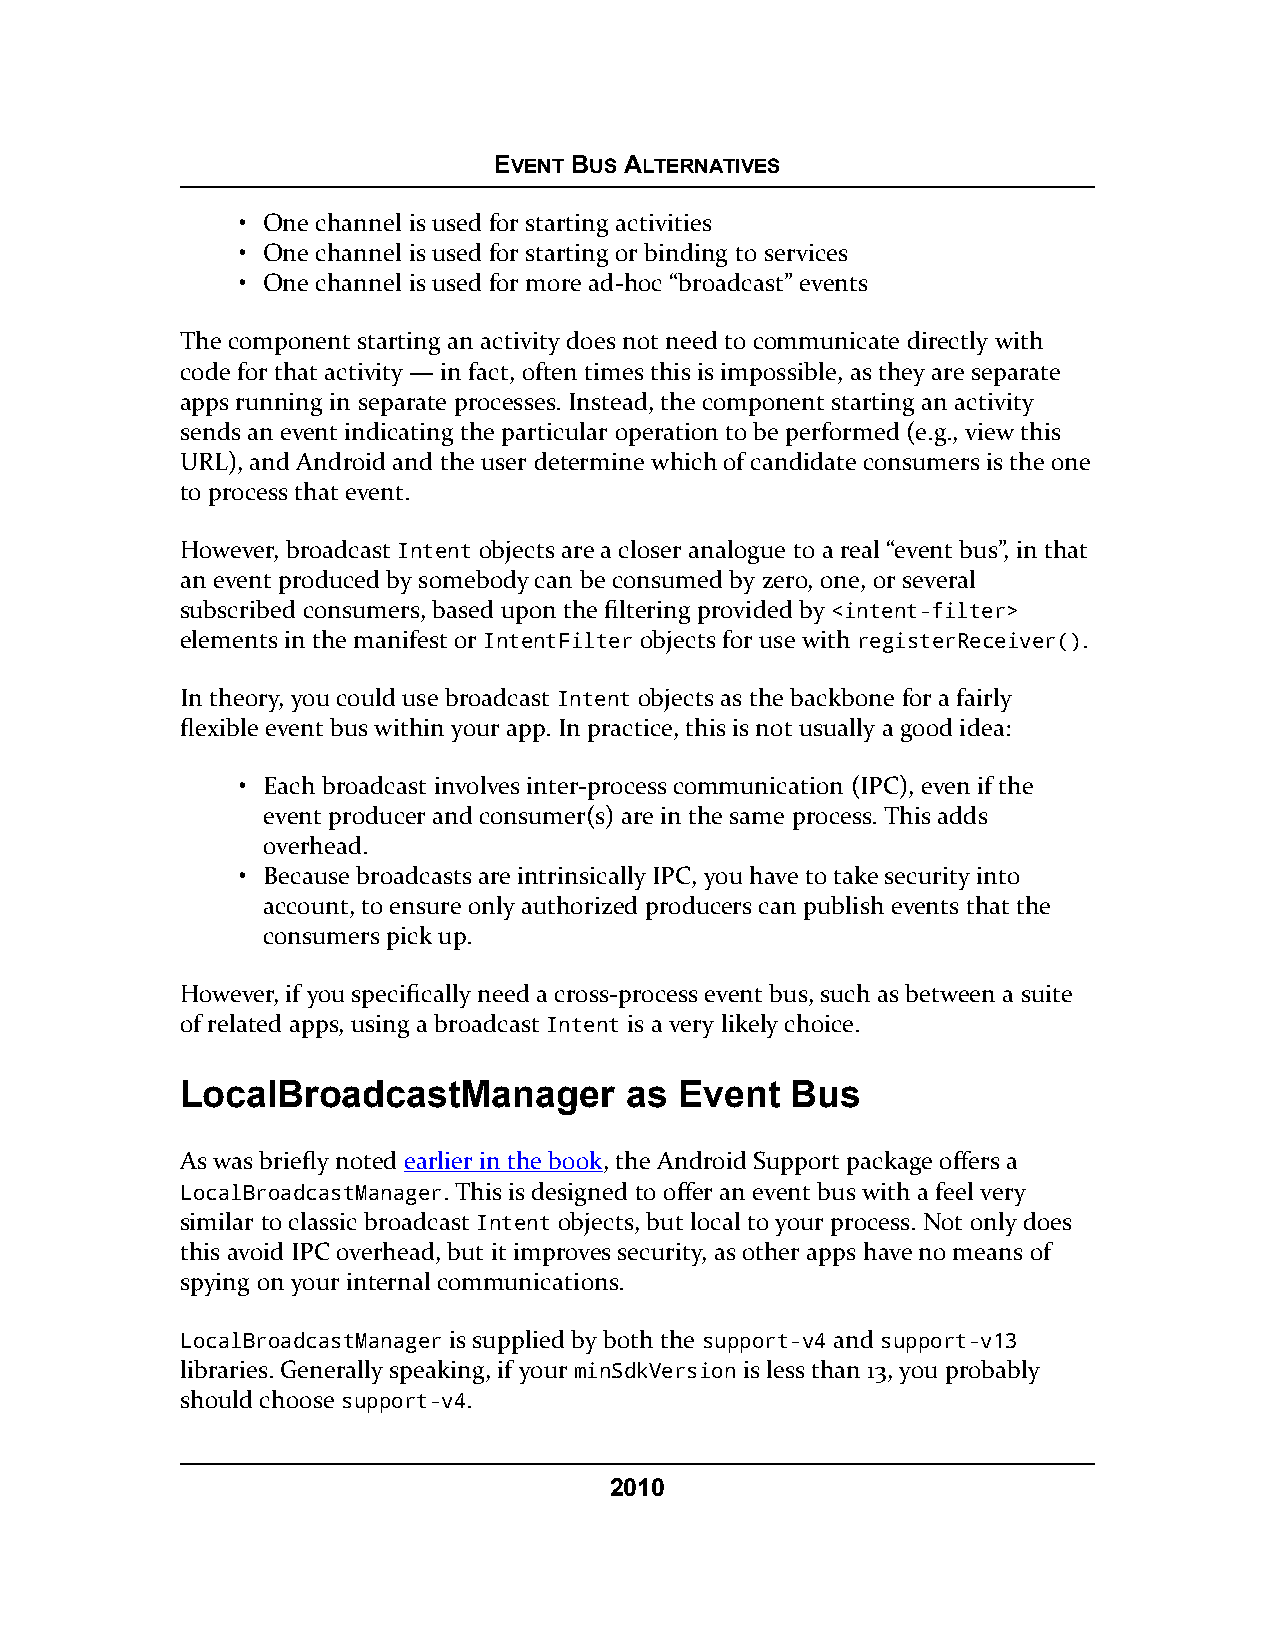
EVENT BUS ALTERNATIVES
 • One channel is used for starting activities
 • One channel is used for starting or binding to services
 • One channel is used for more ad-hoc “broadcast” events
 The component starting an activity does not need to communicate directly with
 code for that activity — in fact, often times this is impossible, as they are separate
 apps running in separate processes. Instead, the component starting an activity
 sends an event indicating the particular operation to be performed (e.g., view this
 URL), and Android and the user determine which of candidate consumers is the one
 to process that event.
 However, broadcast Intent objects are a closer analogue to a real “event bus”, in that
 an event produced by somebody can be consumed by zero, one, or several
 subscribed consumers, based upon the filtering provided by <intent-filter>
 elements in the manifest or IntentFilter objects for use with registerReceiver().
 In theory, you could use broadcast Intent objects as the backbone for a fairly
 flexible event bus within your app. In practice, this is not usually a good idea:
 • Each broadcast involves inter-process communication (IPC), even if the
 event producer and consumer(s) are in the same process. This adds
 overhead.
 • Because broadcasts are intrinsically IPC, you have to take security into
 account, to ensure only authorized producers can publish events that the
 consumers pick up.
 However, if you specifically need a cross-process event bus, such as between a suite
 of related apps, using a broadcast Intent is a very likely choice.
 LocalBroadcastManager        as  Event  Bus
 As was briefly noted earlier in the book, the Android Support package offers a
 LocalBroadcastManager. This is designed to offer an event bus with a feel very
 similar to classic broadcast Intent objects, but local to your process. Not only does
 this avoid IPC overhead, but it improves security, as other apps have no means of
 spying on your internal communications.
 LocalBroadcastManager is supplied by both the support-v4 and support-v13
 libraries. Generally speaking, if your minSdkVersion is less than 13, you probably
 should choose support-v4.
 2010